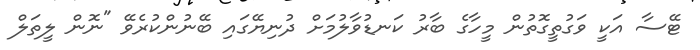
ޓޭސާ އަކީ ވަގުތީގޮތުން މީހާގެ ބާރު ކަނޑުވާލުމަށް ދުނިޔޭގައި ބޭނުންކުރެވޭ "ނޮން ލީތަލް